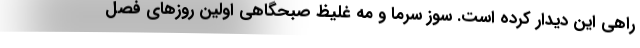
راهی این دیدار کرده است. سوز سرما و مه غلیظ صبحگاهی اولین روزهای فصل